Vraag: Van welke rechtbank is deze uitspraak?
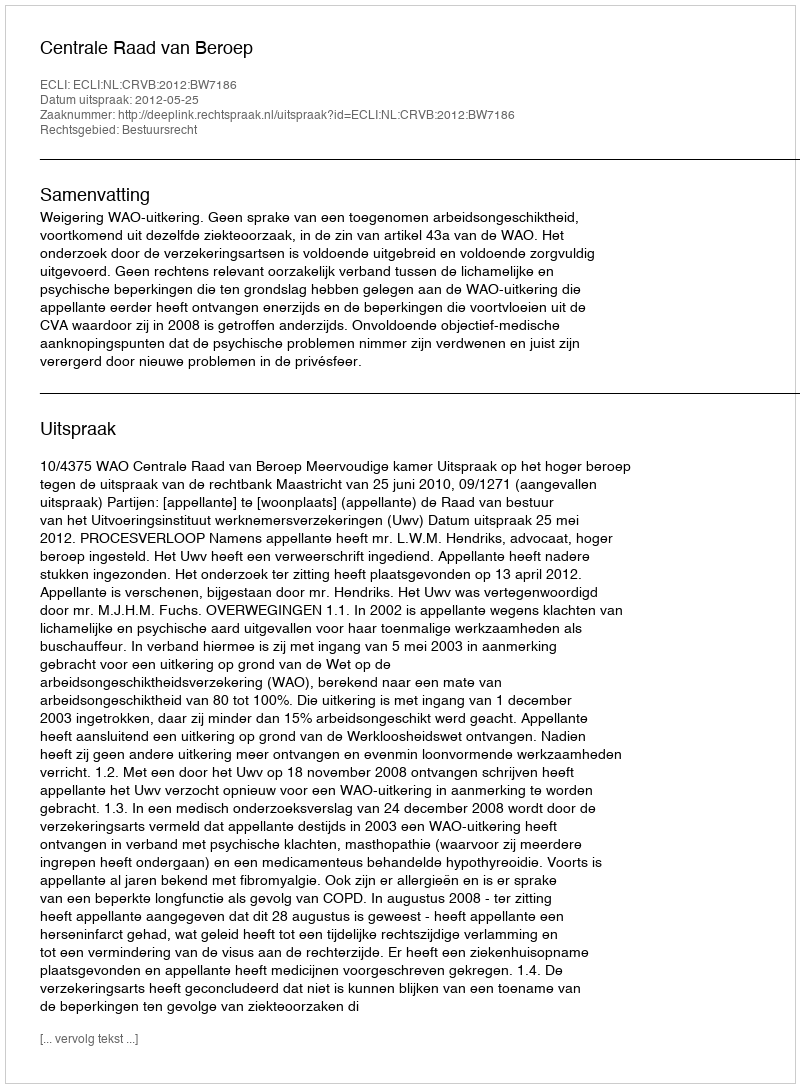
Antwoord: Centrale Raad van Beroep